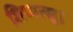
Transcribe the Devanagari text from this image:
शिप्पत्सु।